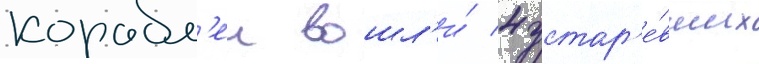
корабл'еи вошл'и́ 4 устар'е́вших